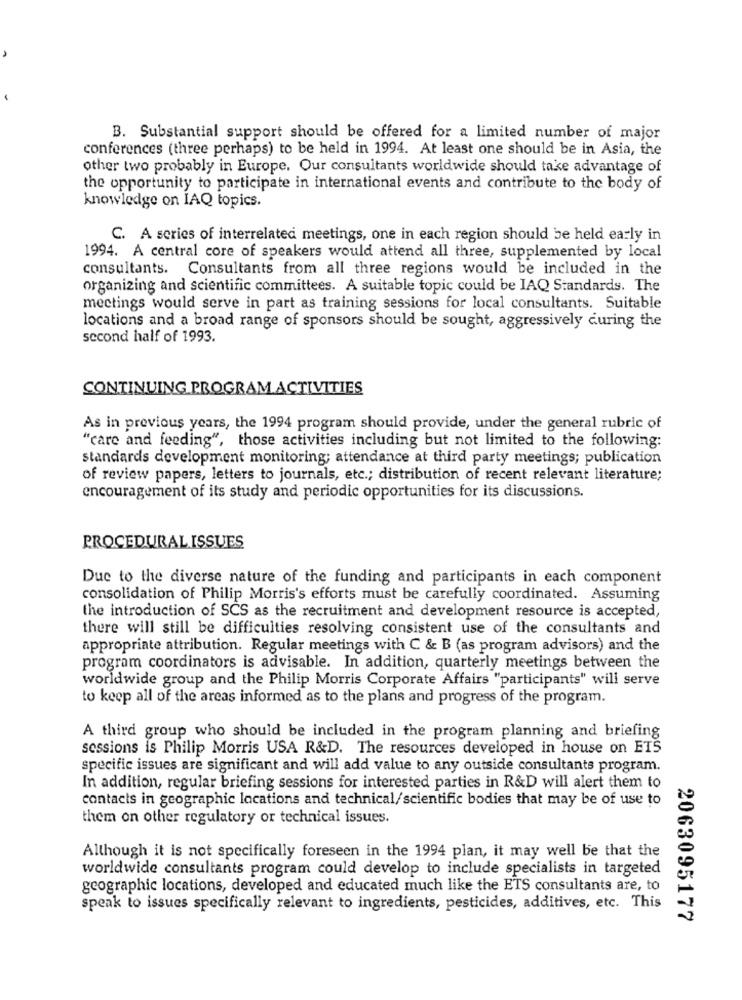
B. Substantial support should be offered for a limited number of major
conferences (three perhaps) to be held in 1994. At least one should be in Asia, the
other two probably in Europe. Our consultants worldwide should take advantage of
the opportunity to participate in international events and contribute to the body of
knowledge on IAQ topics.
C. A series of interrelated meetings, one in each region should be held early in
1994. A central core of speakers would attend all three, supplemented by local
consultants. Consultants from all three regions would be included in the
organizing and scientific committees. A suitable topic could be IAQ Standards. The
meetings would serve in part as training sessions for local consultants. Suitable
locations and a broad range of sponsors should be sought, aggressively during the
second half of 1993.
CONTINUING PROGRAM ACTIVITIES
As in previous years, the 1994 program should provide, under the general rubric of
"care and feeding", those activities including but not limited to the following:
standards development monitoring; attendance at third party meetings; publication
of review papers, letters to journals, etc .; distribution of recent relevant literature;
encouragement of its study and periodic opportunities for its discussions.
PROCEDURAL ISSUES
Due to the diverse nature of the funding and participants in each component
consolidation of Philip Morris's efforts must be carefully coordinated. Assuming
the introduction of SCS as the recruitment and development resource is accepted,
there will still be difficulties resolving consistent use of the consultants and
appropriate attribution. Regular meetings with C & B (as program advisors) and the
program coordinators is advisable. In addition, quarterly meetings between the
worldwide group and the Philip Morris Corporate Affairs "participants" will serve
to keep all of the areas informed as to the plans and progress of the program.
A third group who should be included in the program planning and briefing
sessions is Philip Morris USA R&D. The resources developed in house on ETS
specific issues are significant and will add value to any outside consultants program.
In addition, regular briefing sessions for interested parties in R&D will alert them to
contacts in geographic locations and technical/scientific bodies that may be of use to
them on other regulatory or technical issues.
Although it is not specifically foreseen in the 1994 plan, it may well be that the
worldwide consultants program could develop to include specialists in targeted
geographic locations, developed and educated much like the ETS consultants are, to
speak to issues specifically relevant to ingredients, pesticides, additives, etc. This
2063095177